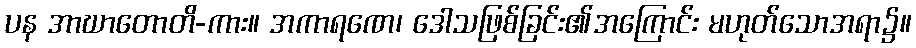
ပန အာဃာတောတိ-ကား။ အကာရဏေ၊ ဒေါသဖြစ်ခြင်း၏အကြောင်း မဟုတ်သောအရာ၌။